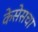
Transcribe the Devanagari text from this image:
केसेसचा